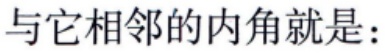
与它相邻的内角就是：